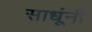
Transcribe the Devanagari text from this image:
साधूंनीं